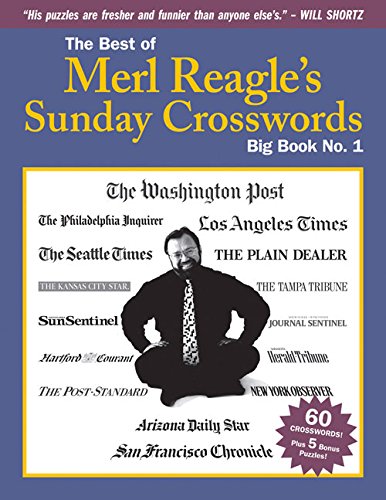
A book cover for The Best of Merl Reagle's Sunday Crosswords: Big Book No. 1; Merl Reagle; Humor & Entertainment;